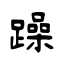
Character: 躁